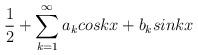
LaTeX: \begin{align*}\frac {1}{2}+\sum_{k=1}^\infty a_k cos{kx}+b_k sin{kx}\end{align*}